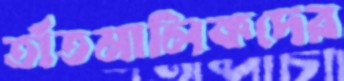
তাঁতমালিকদের